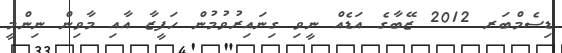
ޑިސެމްބަރ 2012 ޒޭބާގެ އަޑެއް ނީވި ގިނައިރުވުމުން ހަފީޒާ އާއި މާވިން ނިންމީ